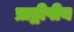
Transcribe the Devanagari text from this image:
प्राद्वीपीय